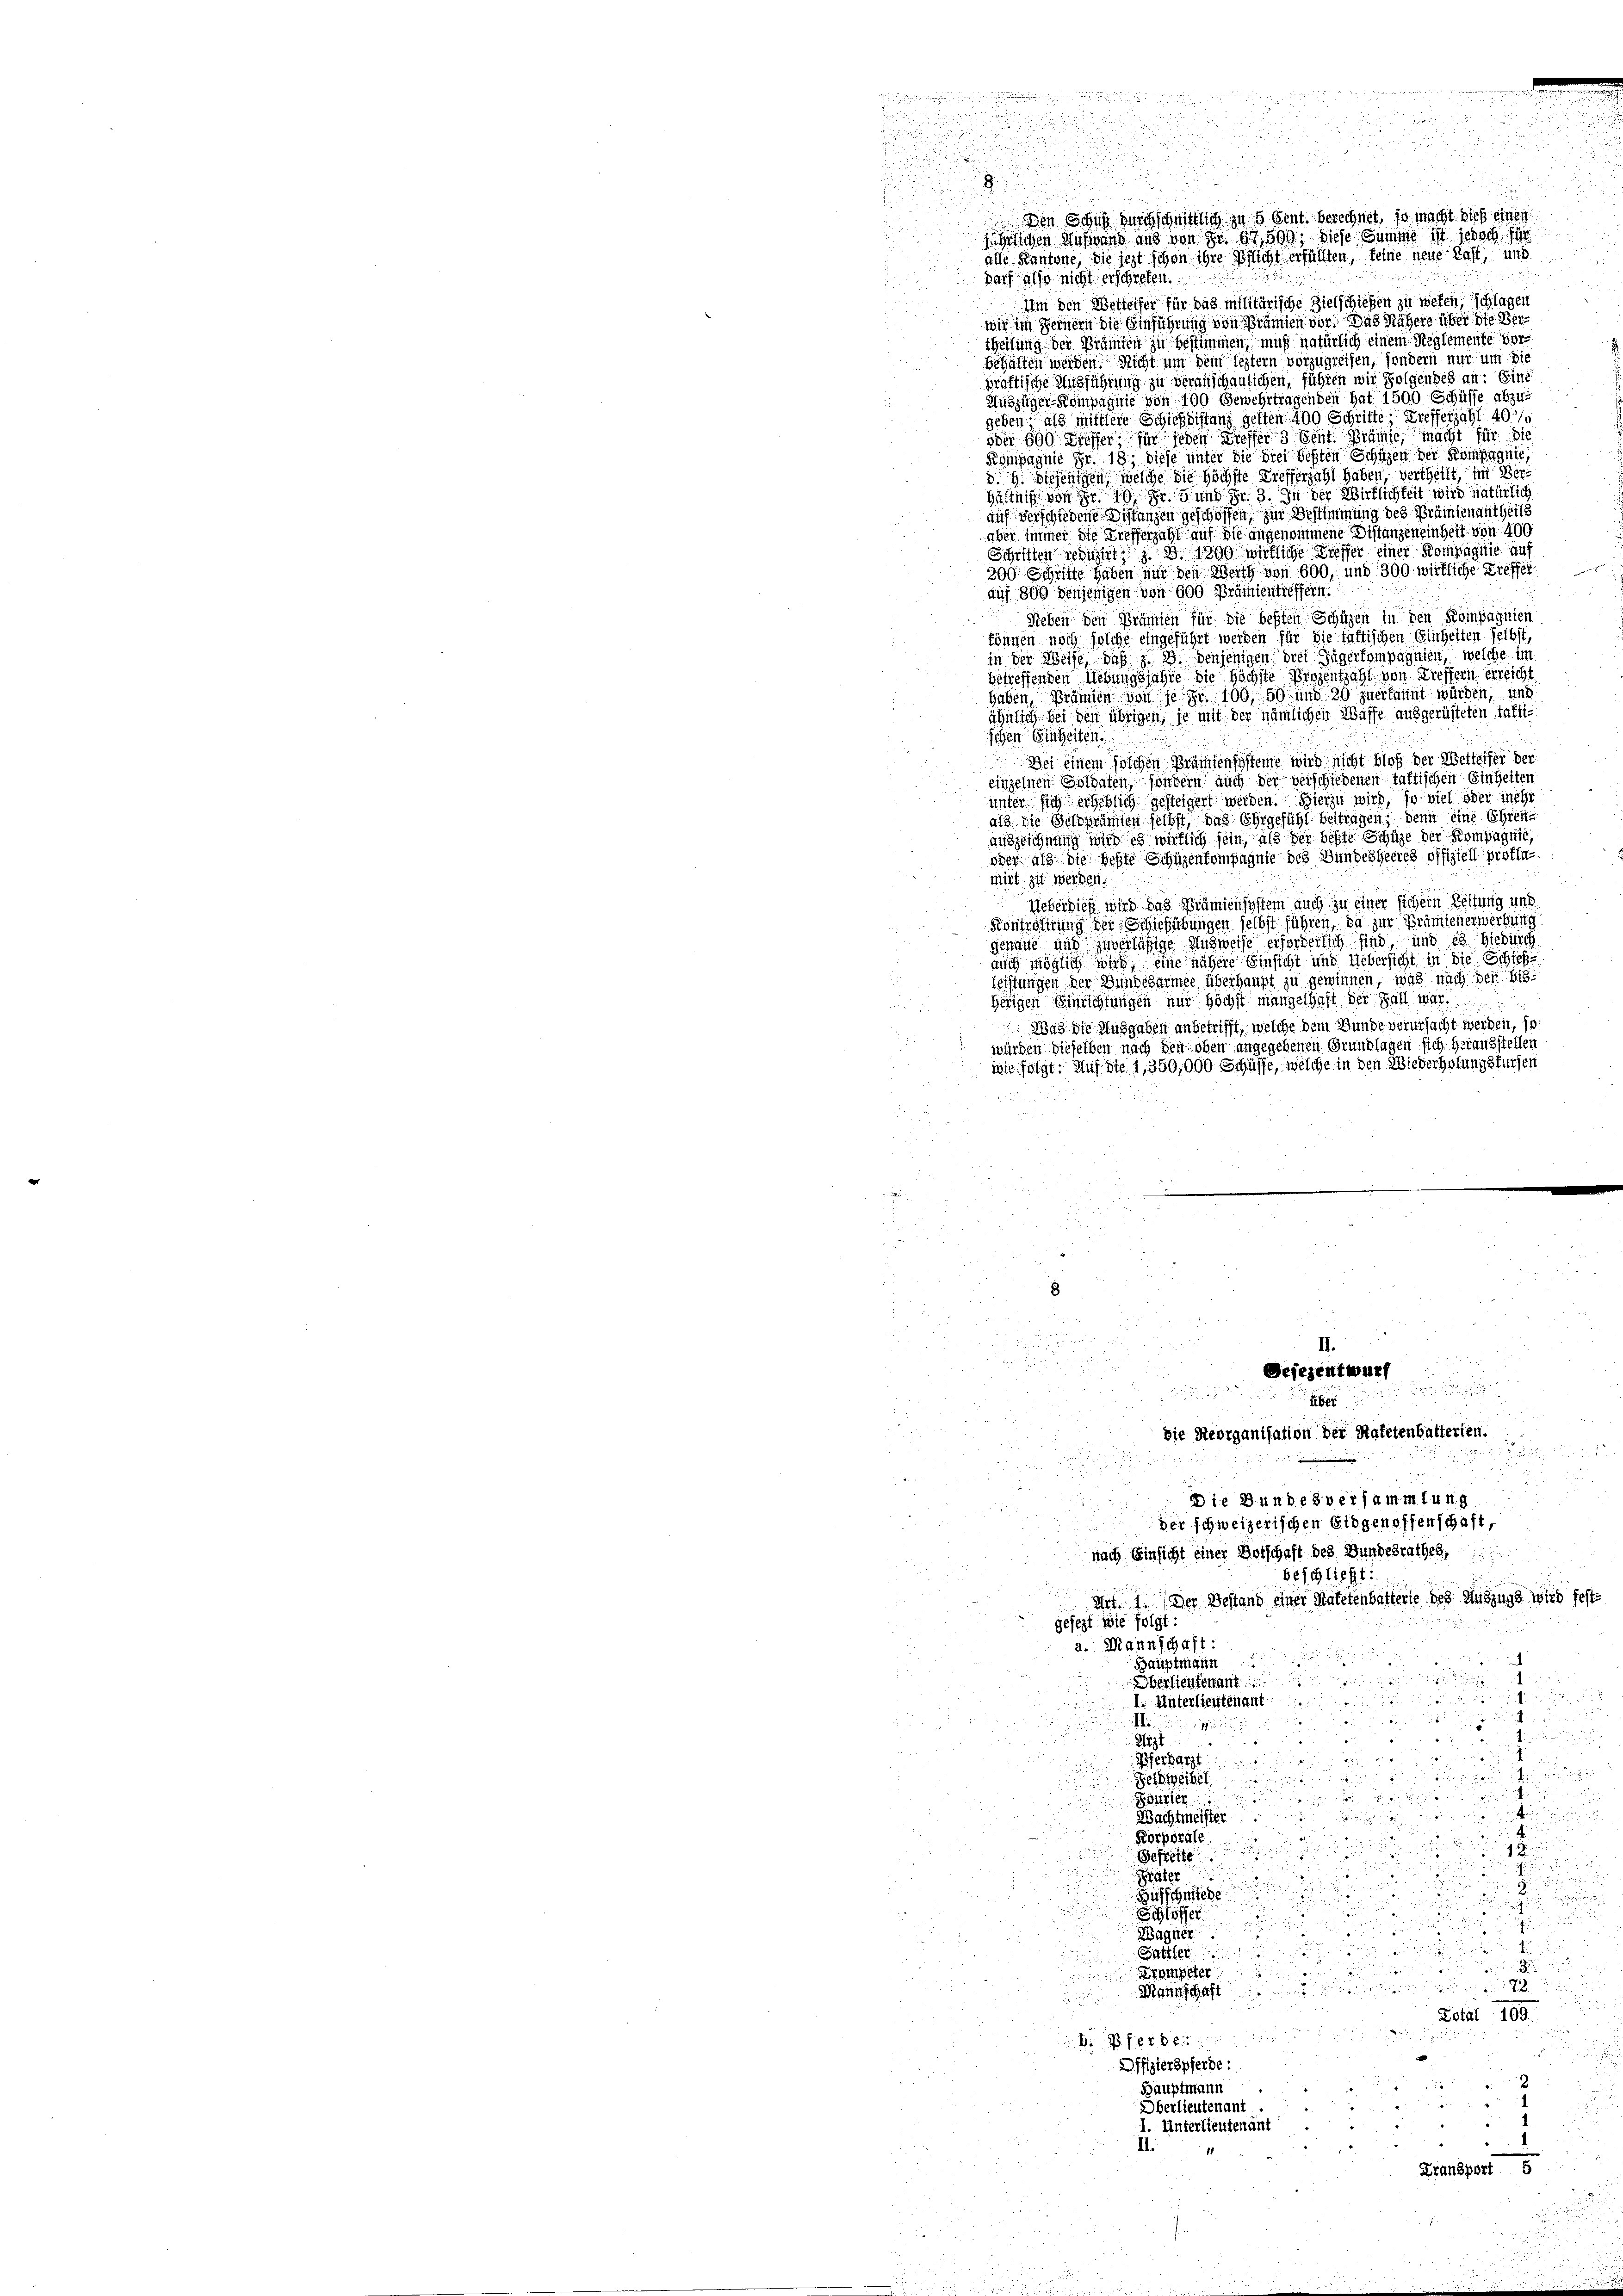
alle Kantone, die jezt schon ihre Pflicht erfüllten, keine neue Last, und
Darf also nicht erschreten.
.
Im den Wetteifer für das militärische Zielschießen zu wesen, schlagen
wir im Fernern die Einführung von Prämien vor, das Nähere über die Vertheilung der Prämten zu bestimmen, muß natürlich einem Reglemente vorbehalten werden. Nicht um dem leztern vorzugreifen, sondern nur um die
präftische Ausführung zu veranschaulichen, führen wir folgendes an: Eine
Auszüger-Kompagnie von 100 Gewehrtragenden hat 1500 Schüsse abzu-
geben als mittlere Schießdistanz gelten 400 Schritte, trefferzahl 40/
oder 600 Ziffer für jeden Greffer 3 Sente Prämie, macht für die
Kompagnie Fr. 18. diese unter die drei besten Schüzen der Kompagnie,
d. h. diejenigen, welche die höchste Trefferzahl haben, vertheilt, im Verhältniß von der 10 Fr. 5 und Fr. 3. In der Wirklichkeit wird natürlich
auf verschiedene Bestanzen geschoffen, zur Bestimmung des Prämienantheils
aber immer die Trefferzahl auf die angenommene Distanzeneinheit von 400
Schritten reduzirt, z. B. 1300 wirkliche Treffer einer Kompagnie auf
300 Schritte haben nur den Werth von 600, und 300. wirkliche Treffet
auf 800 denjenigen von 600 Brämientreffern.
Sieben den Prämien für die besten Schüzen in den Kompagnien
können noch solche eingeführt werden für die fattischen Einheiten selbst,
in der Weise, daß z. B. denjenigen drei Zügerkompagnien, welche im
betreffenden Uebungsjahre die höchste Virgentzahl von Treffern erreicht
haben, Prämien von je Fr. 100, 50 und 30 zuerkannt würden, und
ähnlich bei den übrigen, se mit der nämlichen Waffe ausgerüsteten tättischen Einheiten.
Dei einem solchen Prämiensysteine wird nicht bloß der Wetteifer der
einzelnen Soldaten, sondern auch der verschiedenen taktischen Einheiten
unter sich erheblich gesteigert werden. Hierzu wird, so viel oder inche
als die Geldprämien selbst, das Ehrgefühl beitragen; denn eine Ehren-
auszeichnung wird es wirklich sein, als der beste Schüze der Kompagnie
oder als die beste Schüzenkompagnie des Bundesheeres offiziell proflas
mirt zu werden.
Ueberdieß wird das Prämiensystem auch zu einer sichern Zeitung und
Kontrolerung der Erstehübungen selbst führen, da zur Prämienerwerbung
genaue und zuverläßige Ausweise erforderlich sind und es hiedurch
auch möglich wird, eine nähere Einsicht und Uebersicht in die Schief
leistungen der Bundesarmee überhaupt zu gewinnen, was nach der bis
herigen Einrichtungen nur höchst mangelhaft der Fall war.
Was die Ausgaben anbetrifft, welche dem Bunde verursacht werden, so
würden dieselben nach den oben angegebenen Grundlagen sich herausstellen
wir folgt. Auf die 1,350,000 Schaffe, welche in den Wiederholungsfürsen

.

 2
.
 2
II.

Dejesentwurf

 xx
160
Die Reorganisation der Katetenbatterten.
Die Bundesversammlung

der schweizerischen Eidgenossenschaft,
nach Einsicht einer Vorschaft des Bundesrathes,
beschließt:
Art. 1. Der Bestand einer Matetenbatterie des Auszugs wird festgesezt wie folgt:
a. Mannschaft:
Hauptmann.
Oberlieutenant
inter
1. Unterlieutenant
echen zu un
.
Sizt
.
Pferharzt

Gerecht
i man
Butter

Wachtmeister
Korporale

1. D
efre

Präter

Hufschmiede

Schlöffer
 ii, die das in de
Wagner
d

Sattler
u die
Krompeter
 d 12. den in

Mannschaft

Lotal 100.
i Pferden.
Offizierspferde:
Hauptmann
2
Oberlieutenant
I. Unterlieutenant
Transport 5
d

du
u

Den Sohns durchschnittlich zu 5 sent. berechnet, so macht sich einer
jährlichen Aufwand aus von Sr. 67,800, diese Summe ist jedoch für

.

.

e
n

e